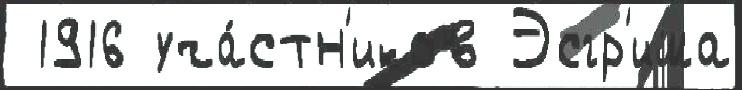
 1916 уча́стн'иков Эсгр'има